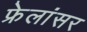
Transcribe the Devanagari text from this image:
फ्रेलांसर